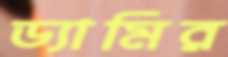
ড্যামির